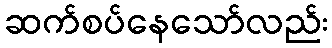
ဆက်စပ်နေသော်လည်း